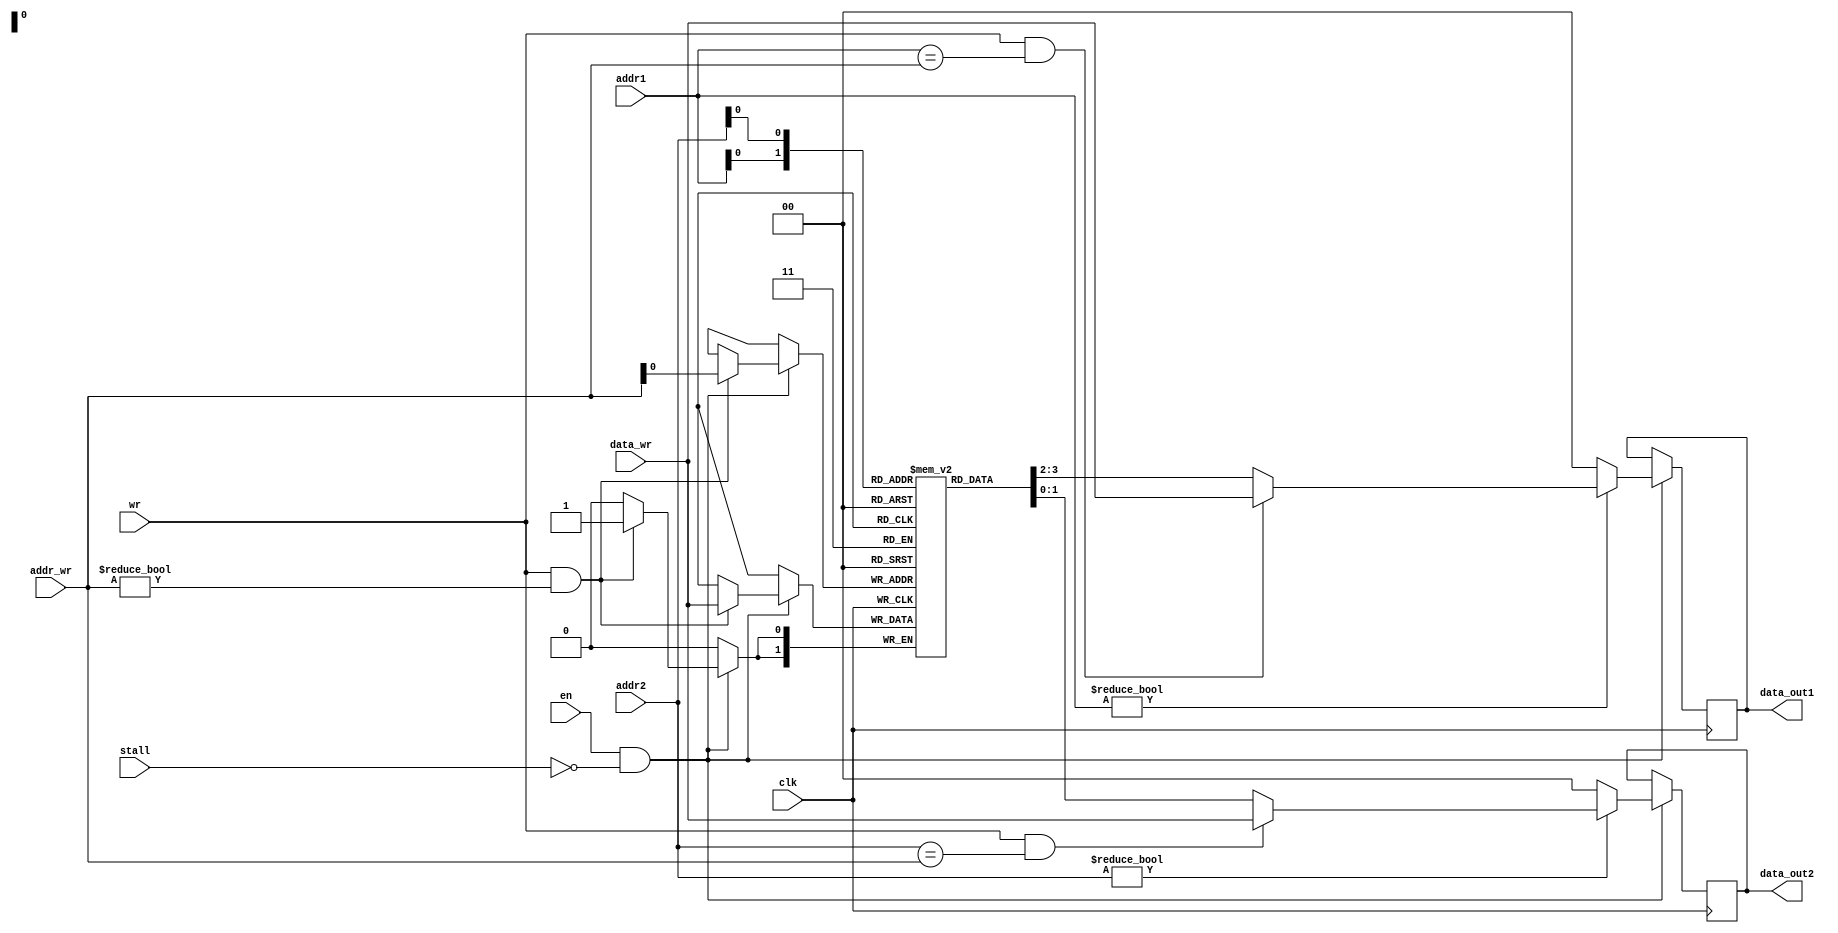
module REGFILE #(
	parameter integer DATA_W = 0,
	parameter integer ADDR_W = 0,
	parameter integer SIZE = 2**ADDR_W
) (
	input  wire 			 clk,
	input  wire				 en,
	input  wire				 stall,
	input  wire 			 wr,

	input  wire [ADDR_W-1:0] addr_wr,
	input  wire [ADDR_W-1:0] addr1,
	input  wire [ADDR_W-1:0] addr2,

	input  wire [DATA_W-1:0] data_wr,
	output reg  [DATA_W-1:0] data_out1,
	output reg  [DATA_W-1:0] data_out2
);

reg [DATA_W-1:0] REGS [1:SIZE-1];

always @(posedge clk) begin
	if(en && !stall) begin
		if(wr && addr_wr != 0) begin
			REGS[addr_wr] <= data_wr;
		end
		data_out1 <= addr1 ? ((wr && addr1 == addr_wr) ? data_wr : REGS[addr1]) : 0;
		data_out2 <= addr2 ? ((wr && addr2 == addr_wr) ? data_wr : REGS[addr2]) : 0;
	end
end


endmodule